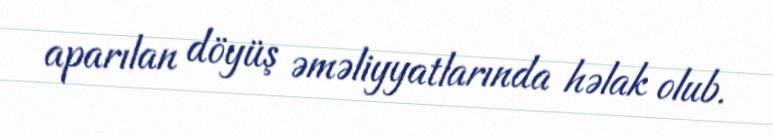
aparılan döyüş əməliyyatlarında həlak olub.